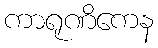
ကာရုဏိကေန